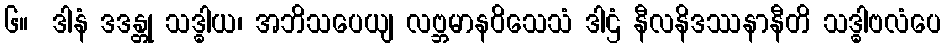
၆။  ဒါနံ ဒဒန္တု သဒ္ဓါယ၊ အဘိသပေယျ လဗ္ဘမာနဝိသေသံ ဒါဌံ နီလနိဒဿနာနီတိ သဒ္ဓါဗလံပေ